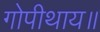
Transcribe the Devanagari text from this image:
गोपीथाय॥